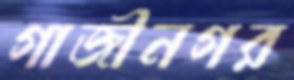
গাজীনগর